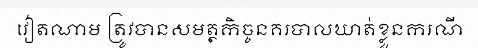
វៀតណាម ត្រូវបានសមត្ថកិច្ចនគរបាលឃាត់ខ្លួនករណី